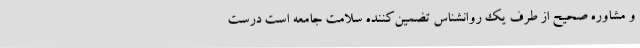
و مشاوره صحیح از طرف یک روانشناس تضمین‌کننده سلامت جامعه است درست